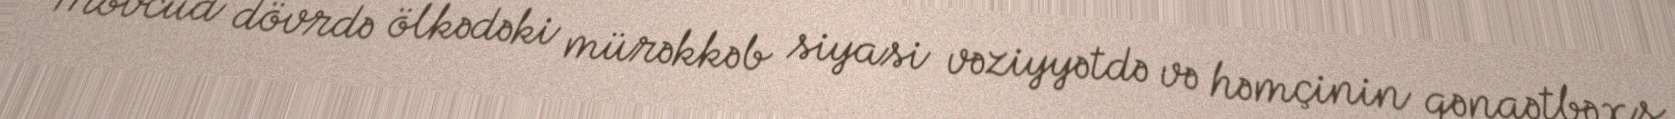
Mövcud dövrdə ölkədəki mürəkkəb siyasi vəziyyətdə və həmçinin qənaətbəxş